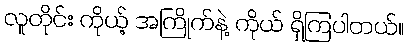
လူတိုင်း ကိုယ့် အကြိုက်နဲ့ ကိုယ် ရှိကြပါတယ်။